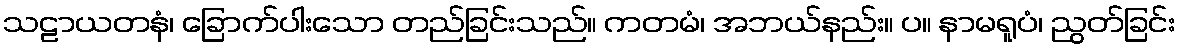
သဠာယတနံ၊ ခြောက်ပါးသော တည်ခြင်းသည်။ ကတမံ၊ အဘယ်နည်း။ ပ။ နာမရူပံ၊ ညွတ်ခြင်း